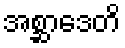
အစ္ဆာဒေတိ